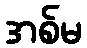
အစ်မ